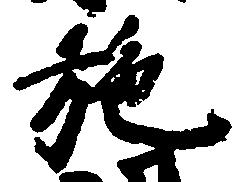
施